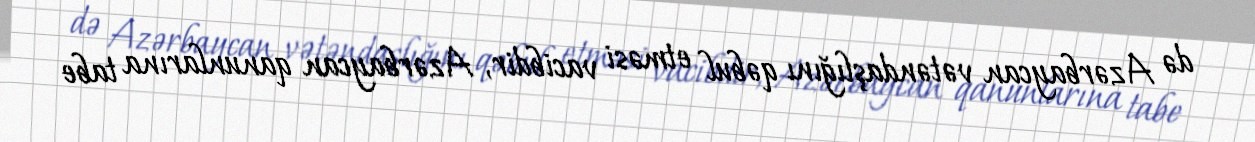
də Azərbaycan vətəndaşlığını qəbul etməsi vacibdir, Azərbaycan qanunlarına tabe